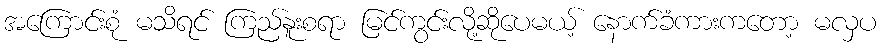
အကြောင်းစုံ မသိရင် ကြည်နူးစရာ မြင်ကွင်းလို့ဆိုပေမယ့် နောက်ခံကားကတော့ မလှပ